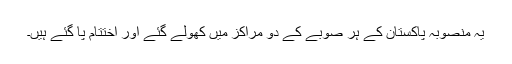
یہ منصوبہ پاکستان کے ہر صوبے کے دو مراکز میں کھولے گئے اور اختتام پا گئے ہیں۔